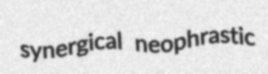
synergical neophrastic